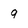
Character: 9